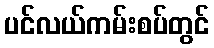
ပင်လယ်ကမ်းစပ်တွင်